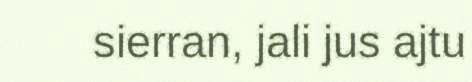
sierran, jali jus ajtu